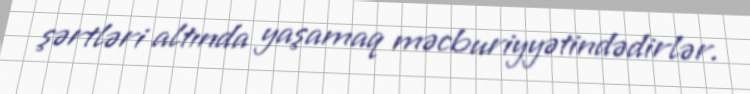
şərtləri altında yaşamaq məcburiyyətindədirlər.